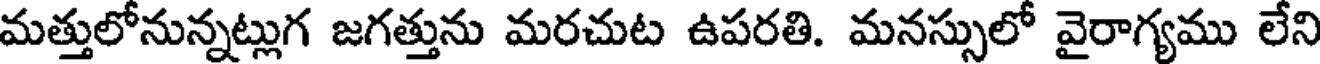
మత్తులోనున్నట్లుగ జగత్తును మరచుట ఉపరతి. మనస్సులో వైరాగ్యము లేని